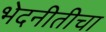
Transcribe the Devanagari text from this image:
भेदनीतीचा